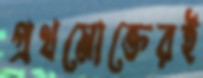
প্রথমোক্তেরই